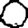
Digit: 0